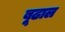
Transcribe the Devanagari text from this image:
बूढाल